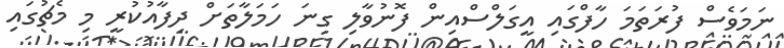
ނަމަވެސް ފުރަތަމަ ހާފްގައި އީގަލްސްއިން ފޮނުވާލި ގިނަ ހަމަލާތަށް ދިފާއުކުރީ މި މެޗުގައި